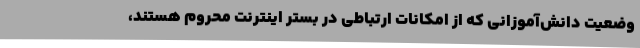
وضعیت دانش‌آموزانی که از امکانات ارتباطی در بستر اینترنت محروم هستند،